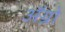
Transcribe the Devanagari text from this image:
अॅग्रो